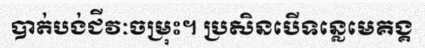
បាត់បង់ជីវៈចម្រុះ។ ប្រសិនបើទន្លេមេគង្គ